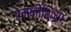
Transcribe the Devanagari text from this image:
एमनीशिया